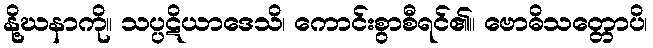
နို့ဃနာကို။ သပ္ပဋိယာဒေသိ၊ ကောင်းစွာစီရင်၏။ ဗောဓိသတ္တောပိ၊